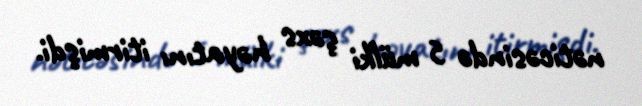
nəticəsində 5 mülki şəxs həyatını itirmişdi.